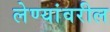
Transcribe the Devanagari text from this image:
लेण्यांवरील